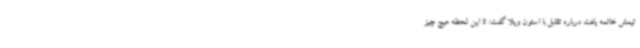
تیمش خاتمه یافت درباره تقابل با استون ویلا گفت: تا این لحظه هیچ چیز